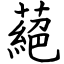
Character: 蕝